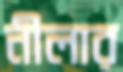
নীলার